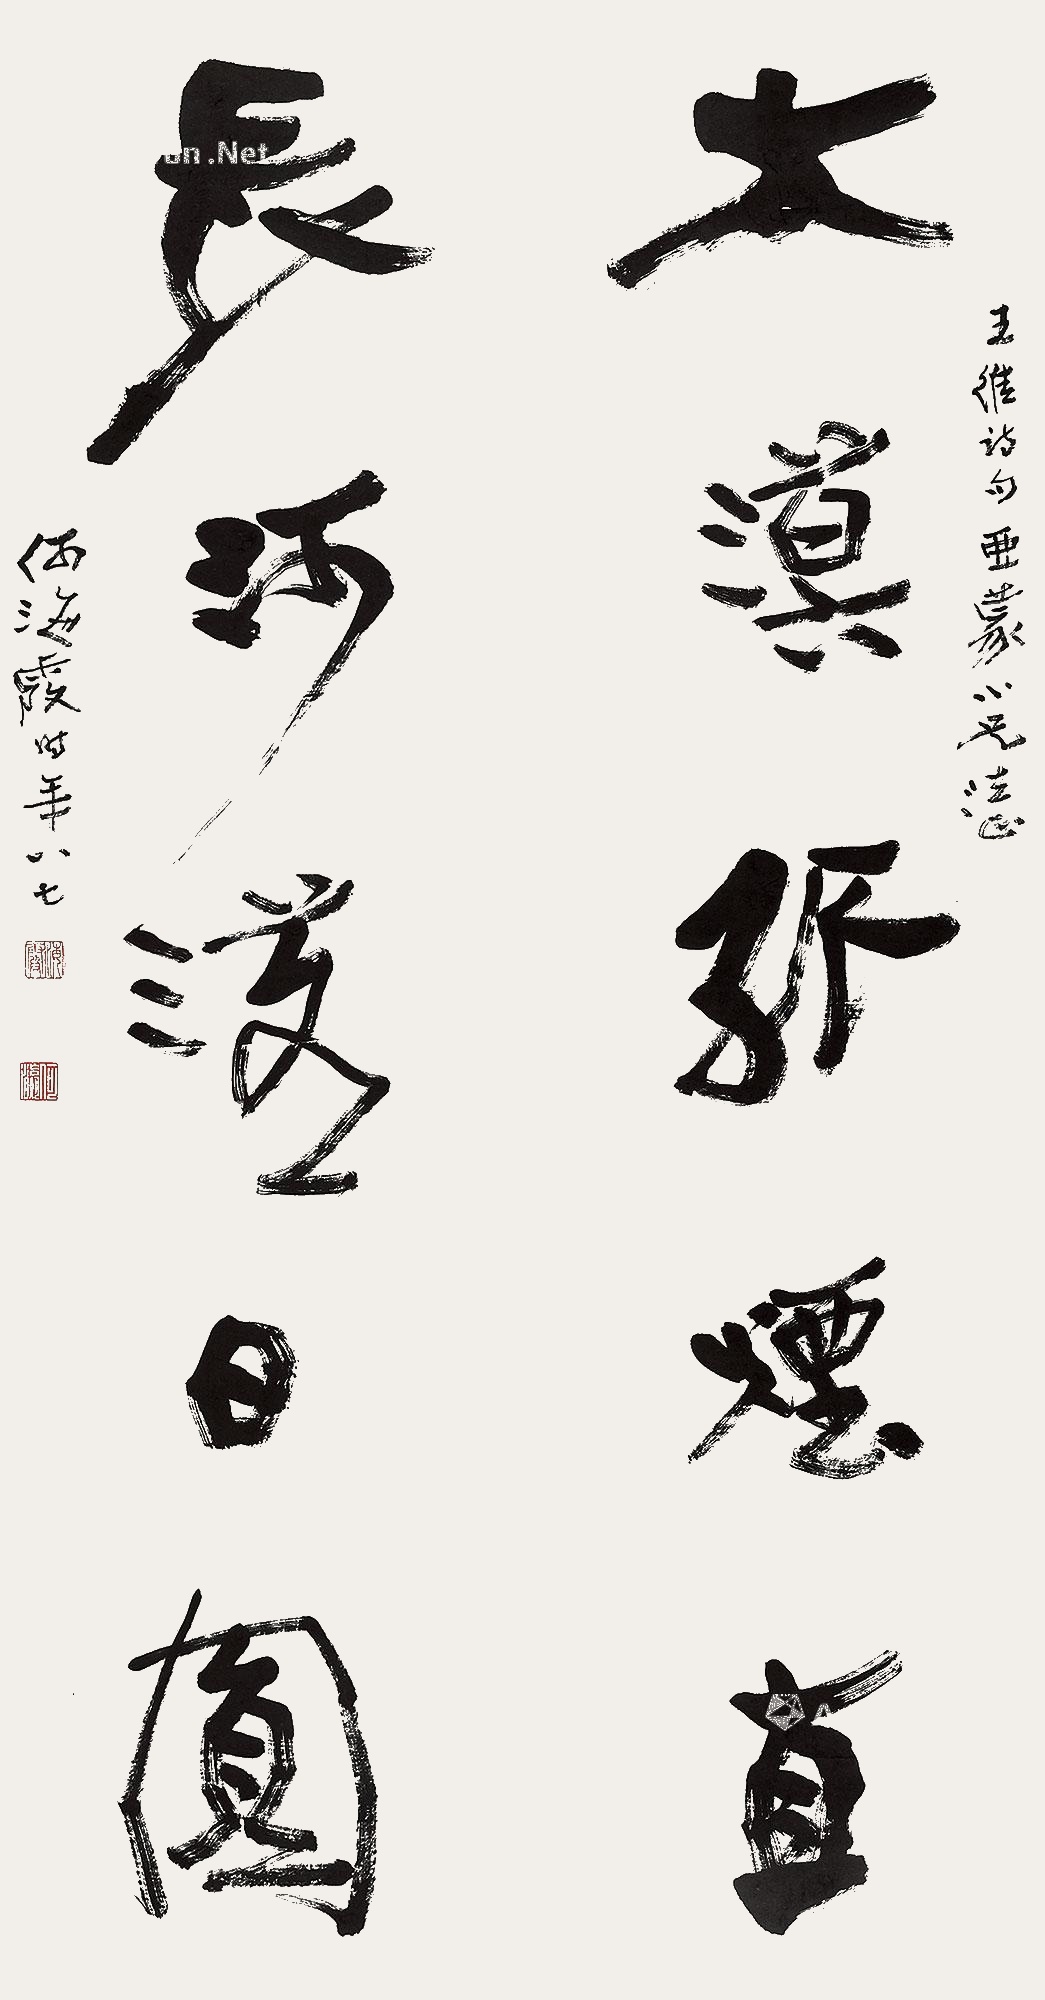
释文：大漠孤烟直，长河落日圆。王维诗句，亚蒙小兄法正。何海霞时年八七。